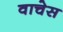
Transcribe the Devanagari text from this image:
वाचेस